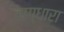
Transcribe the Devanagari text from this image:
वाग्धारा